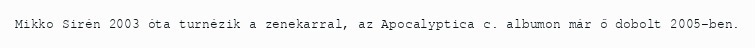
Mikko Sirén 2003 óta turnézik a zenekarral, az Apocalyptica c. albumon már ő dobolt 2005-ben.